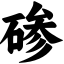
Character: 碜